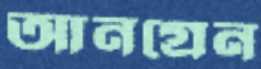
আনগ্রেন